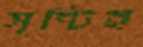
সৃষ্টিই